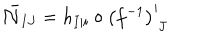
{ \bar { \cal N } } _ { I J } = h _ { I \vert i } \circ \left( f ^ { - 1 } \right) _ { \phantom { i } J } ^ { i }